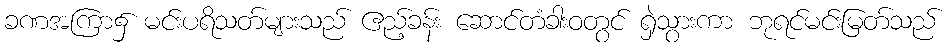
ခဏအကြာ၌ မင်းပရိသတ်များသည် ဧည့်ခန်း ဆောင်တံခါးဝတွင် ရှဲသွားကာ ဘုရင်မင်းမြတ်သည်